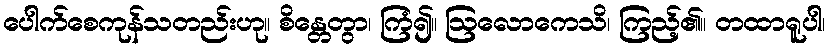
ပေါက်စေကုန်သတည်းဟု။ စိန္တေတွာ၊ ကြံ၍။ ဩလောကေသိ၊ ကြည့်၏။ တထာရူပါ၊